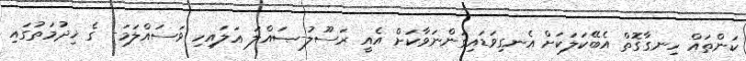
ކަންތައް ހިނގާގޮތް އެބޭކަލަކަށް އެނގިވަޑައިގަންނަވާކަށް އެއީ ރަސޫލު-ޞައްލަ ޢަލައިހި ވަސައްލަމަ- ގެ ޚިދުމަތުގައި